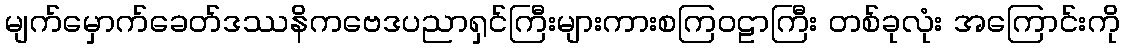
မျက်မှောက်ခေတ်ဒဿနိကဗေဒပညာရှင်ကြီးများကားစကြဝဠာကြီး တစ်ခုလုံး အကြောင်းကို